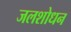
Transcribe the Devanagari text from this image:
जलशोधन